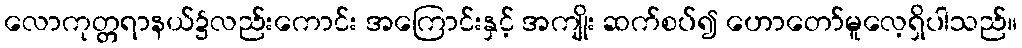
လောကုတ္တရာနယ်၌လည်းကောင်း အကြောင်းနှင့် အကျိုး ဆက်စပ်၍ ဟောတော်မူလေ့ရှိပါသည်။